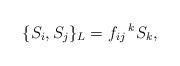
LaTeX: \begin{align*}\{S_i,S_j\}_{L}=f_{ij}\,^kS_k,\end{align*}